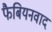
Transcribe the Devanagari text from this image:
फैबियनवाद